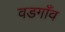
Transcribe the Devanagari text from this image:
वडगाँव